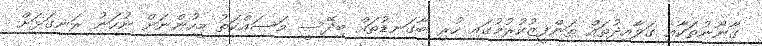
ގާނޫނުތަކާއި ގަވާއިދުތައް ތަންފީޒުކުރުމުގައި ހުރި ބާގަނޑުތައް ބިދޭސީ މަސައްކަތު މީހުންނަށް ނުހަނު ރަނގަޅަށް